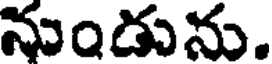
నుండును.